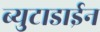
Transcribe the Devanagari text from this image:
ब्युटाडाईन